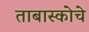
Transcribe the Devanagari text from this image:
ताबास्कोचे